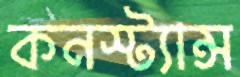
কনস্ট্যান্স